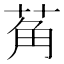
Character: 𬜲